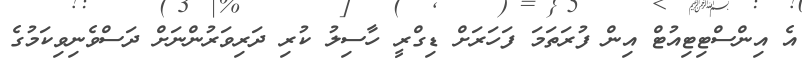
އެ އިންސްޓިޓިއުޓް އިން ފުރަތަމަ ފަހަރަށް ޑިގްރީ ހާސިލު ކުރި ދަރިވަރުންނަށް ދަސްވެނިވިކަމުގެ